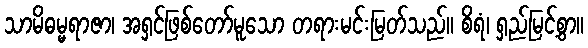
သာမိဓမ္မရာဇာ၊ အရှင်ဖြစ်တော်မူသော တရားမင်းမြတ်သည်။ စိရံ၊ ရှည်မြင့်စွာ။